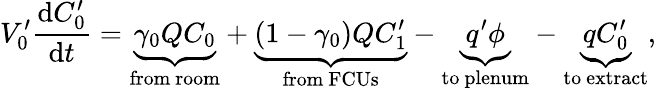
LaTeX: V_{0}^{\prime}\frac{\mathrm{d}C_{0}^{\prime}}{\mathrm{d}t}=\underbrace{\gamma_{0}QC_{0}}_{\mathrm{from\ room}}+\underbrace{(1-\gamma_{0})QC_{1}^{\prime}}_{\mathrm{from\ FCUs}}-\underbrace{q^{\prime}\phi}_{\mathrm{to\ plenum}}-\underbrace{qC_{0}^{\prime}}_{\mathrm{to\ extract}},